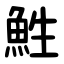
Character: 鮏